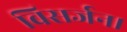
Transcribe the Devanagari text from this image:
विसर्जन।